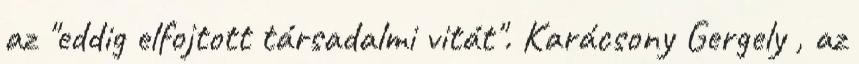
az "eddig elfojtott társadalmi vitát". Karácsony Gergely , az